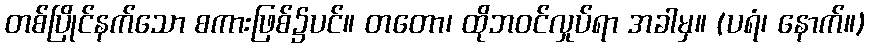
တစ်ပြိုင်နက်သော စကားဖြစ်၌ပင်။ တတော၊ ထိုဘဝင်လှုပ်ရာ အခါမှ။ (ပရံ၊ နောက်။)